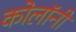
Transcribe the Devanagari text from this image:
कोलॉनी